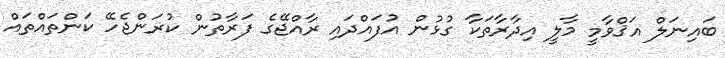
ބައިނަލް އަޤްވާމީ މާލީ އިދާރާތަކާ ގުޅުން އުފައްދައި ރާއްޖޭގެ ފަރާތުން ކުރަންޖެހޭ ކަންތައްތައް